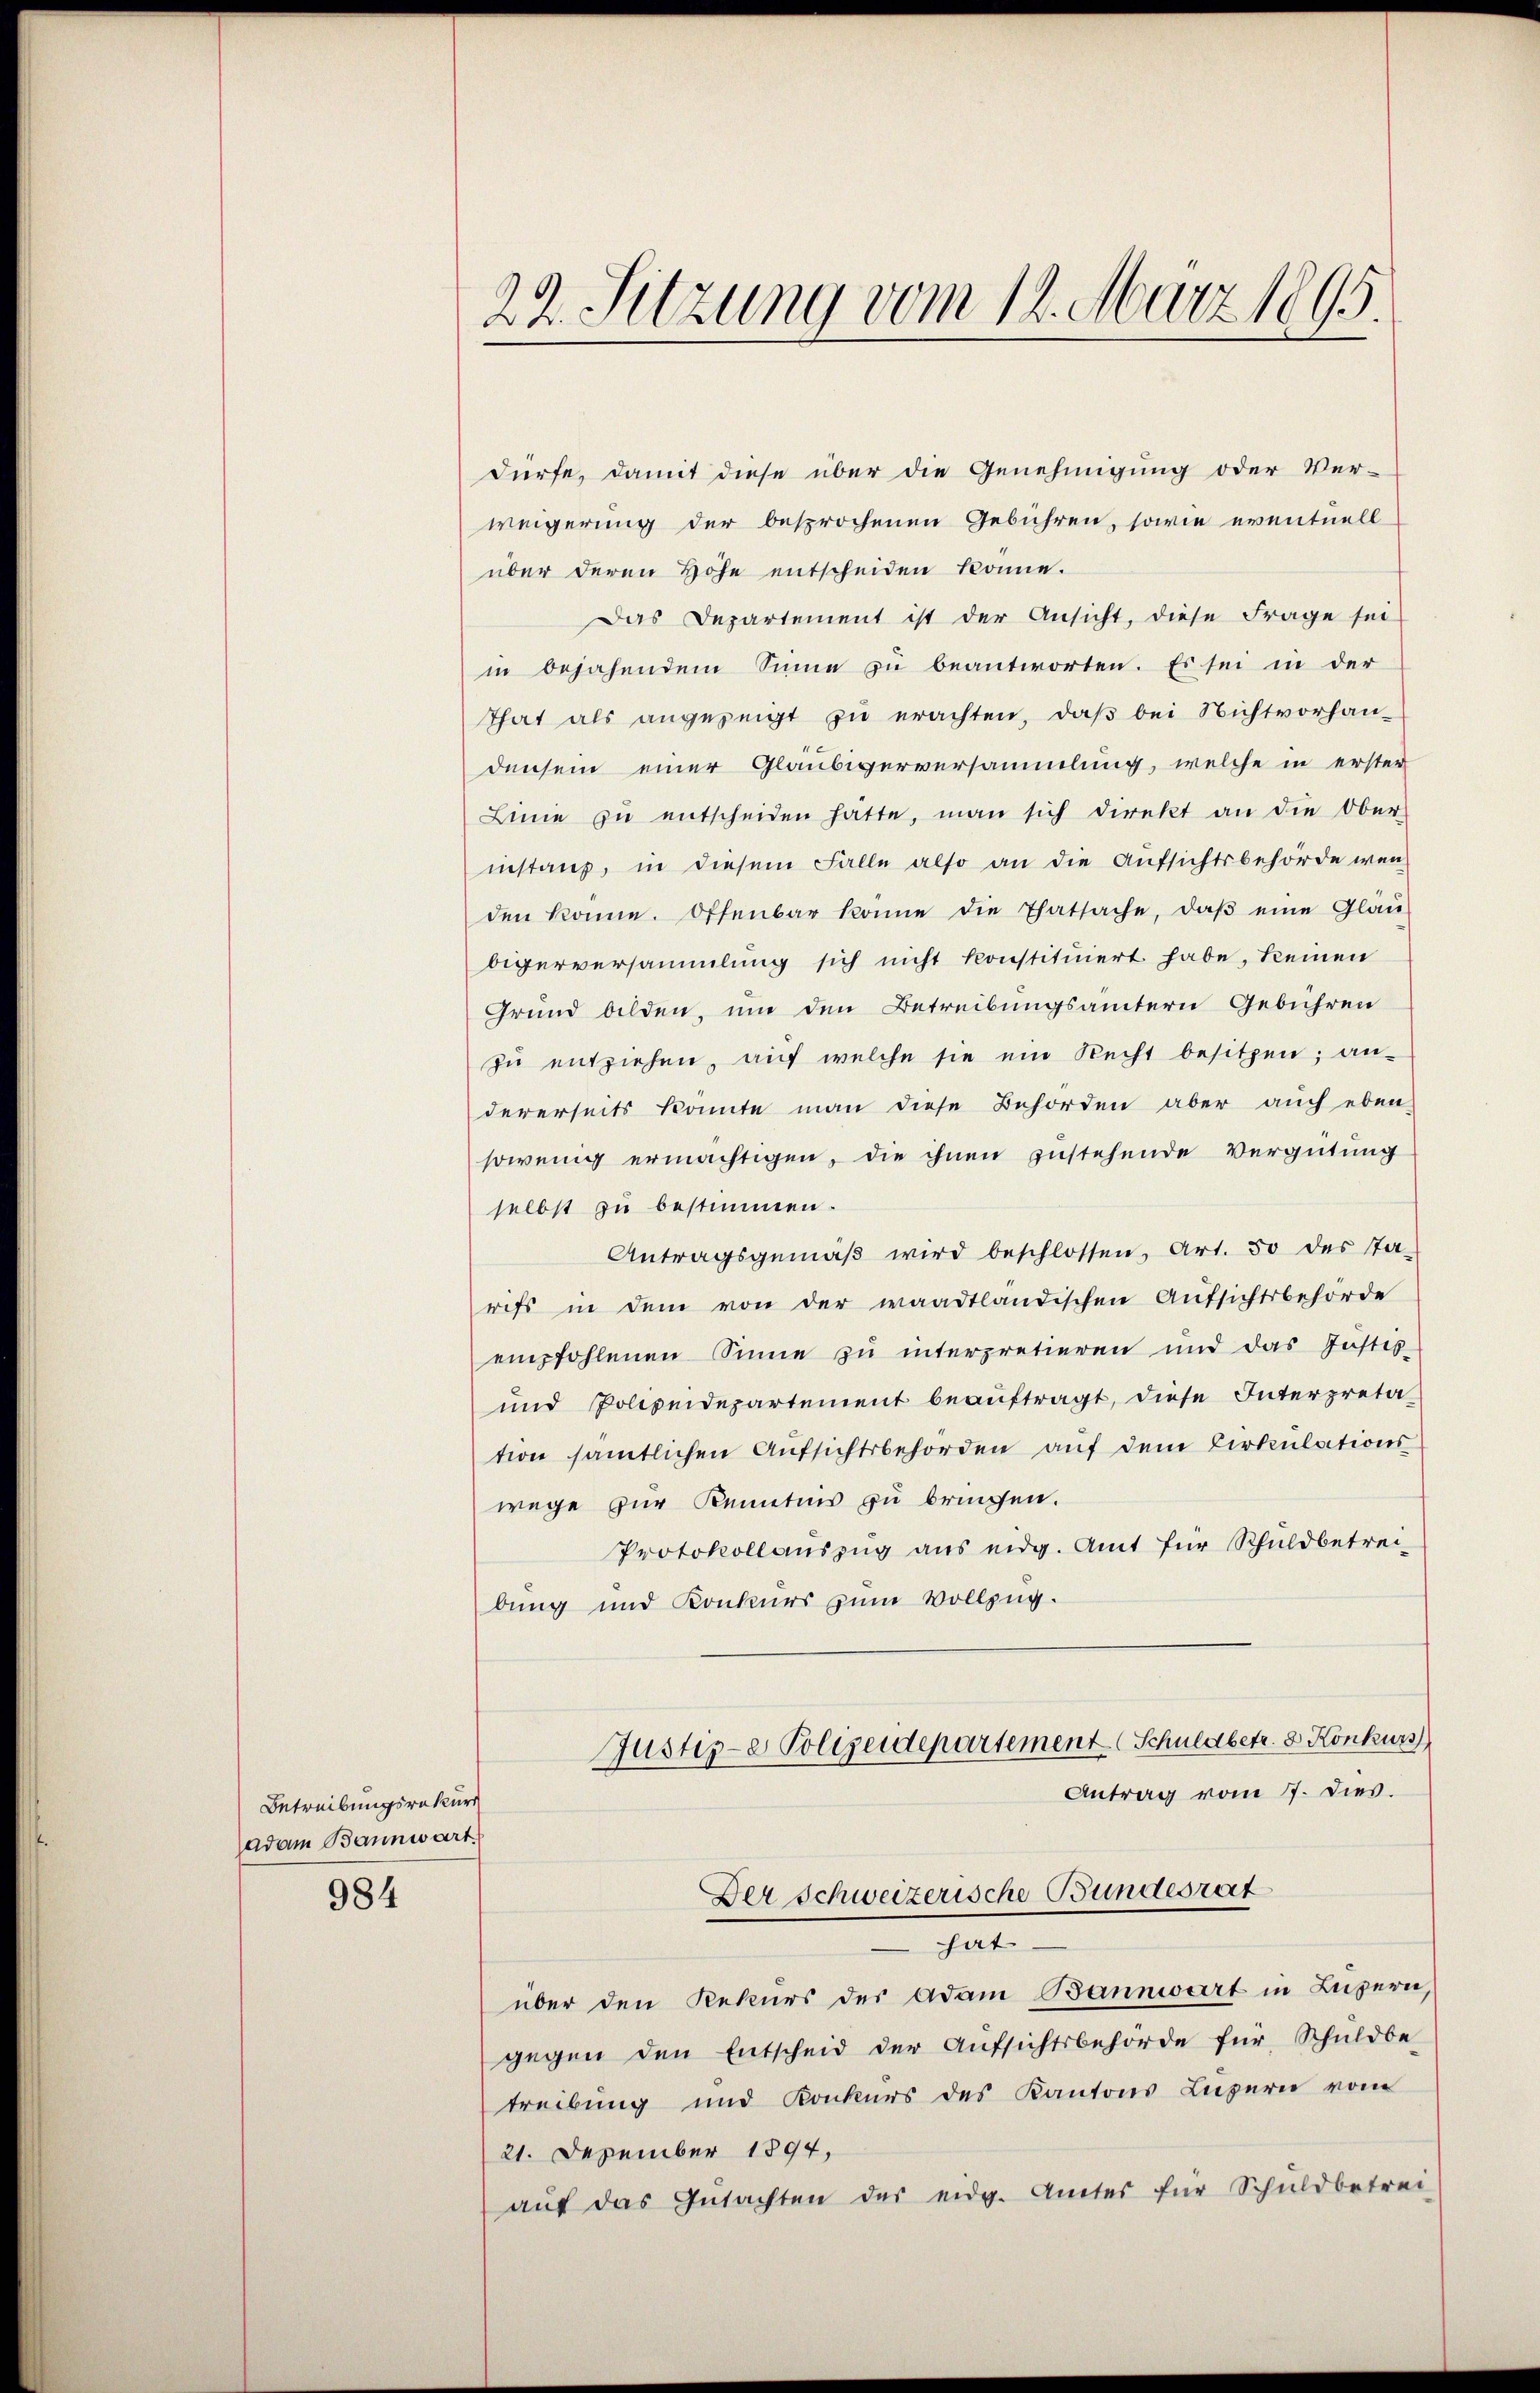
Betreibungsrakurs
adam Bannwart.

984

22. Sitzung vom 12. März 1895.

dürfe, damit diese über die Genehmigung oder Ver-
weigerung der besprochenen Gebühren, sowie eventuell
über deren Höhe entscheiden könne.
Das Departement ist der Ansicht, diese Frage sei
in bejahendem Sinne zu beantworten. Es sei in der
That als angezeigt zu erachten, daß bei Nichtvorhan-
densein einer Gläubigerversammlung, welche in erster
Line zŭ entscheiden hatte, man sich direkt an die Ober-
instanz, in diesem Falle also an die Aufsichtsbehörde wen
den könne. Offenbar könne die Thatsache, daβ eine Gläu-
bigerversammlung sich nicht konstituiert habe, keinen
Grund bilden, um den Betreibungsämtern Gebühren
zŭ entziehen, aŭf welche sie ein Recht besitzen; an-
dererseits könnte man diese Behörden aber auch eben-
sowenig ermächtigen, die ihnen zustehende Vergütung
selbst zu bestimmen.
Antragsgemäβ wird beschlossen, Art. 50 des Ta-
rifs in dem von der waadtländischen Aŭfsichtsbehörde
empfohlenen Sinne zu interpretieren und das Justiz-
und Polizeidepartement beauftragt, diese Interpreta
tion sämtlichen Aufsichtsbehörden auf dem Cirkulations
wege zur Kenntnis zu bringen.
Protokollauszug aus eidg. Amt für Schuldbetrei-
bung und Konkurs zum Vollzug.
Justiz-e Polizeidepartement (Schuldbetr. 3. Konkurs
Antrag vom 17. Dies.
Der Schweizerische Bundesrat
hat
über den Rekurs des Adam Bannwart in Luzern,
gegen den Entscheid der Aufsichtsbehörde für Schuldbe-
treibung und Konkurs des Kantons Luzern vom
21. Dezember 1894,
aŭf das Gŭtachten des eidg. Amtes für Schuldbetrei